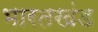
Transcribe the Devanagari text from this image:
भारतखंड